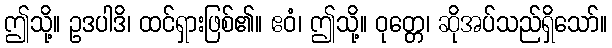
ဤသို့။ ဥဒပါဒိ၊ ထင်ရှားဖြစ်၏။ ဧဝံ၊ ဤသို့။ ဝုတ္တေ၊ ဆိုအပ်သည်ရှိသော်။